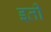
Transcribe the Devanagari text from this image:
इती